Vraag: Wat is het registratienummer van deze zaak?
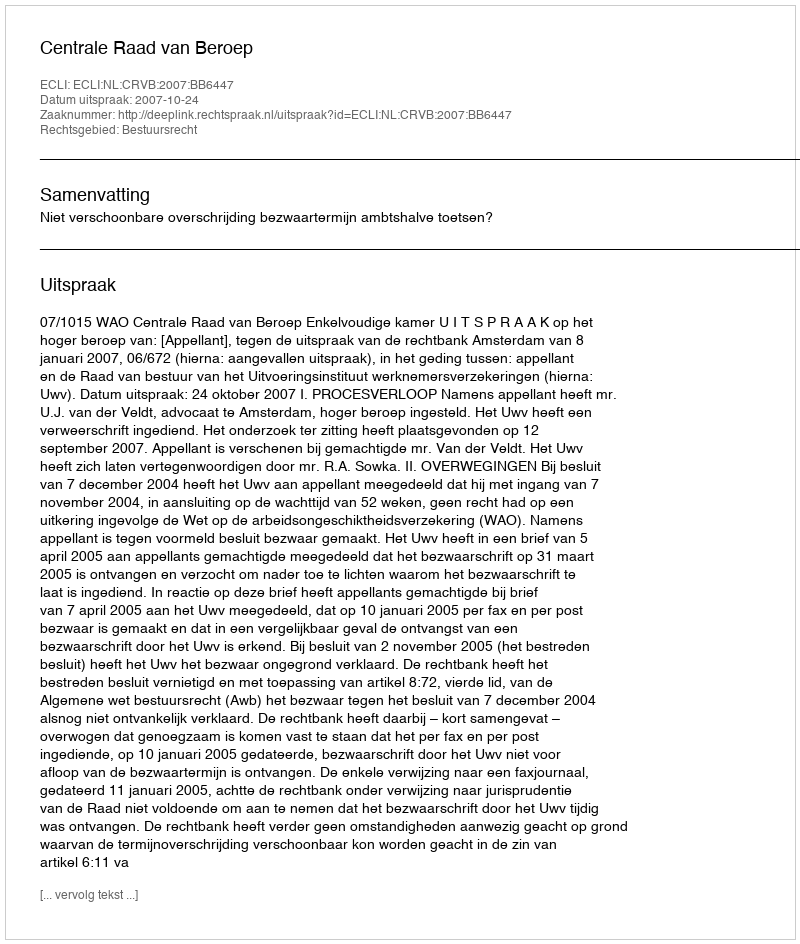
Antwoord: http://deeplink.rechtspraak.nl/uitspraak?id=ECLI:NL:CRVB:2007:BB6447